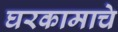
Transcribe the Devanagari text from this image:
घरकामाचे